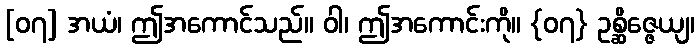
[၀၇] အယံ၊ ဤအကောင်သည်။ ဝါ၊ ဤအကောင်းကို။ {၀၇} ဥစ္ဆိဇ္ဇေယျ၊